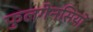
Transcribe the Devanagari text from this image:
फुलगेनसियों